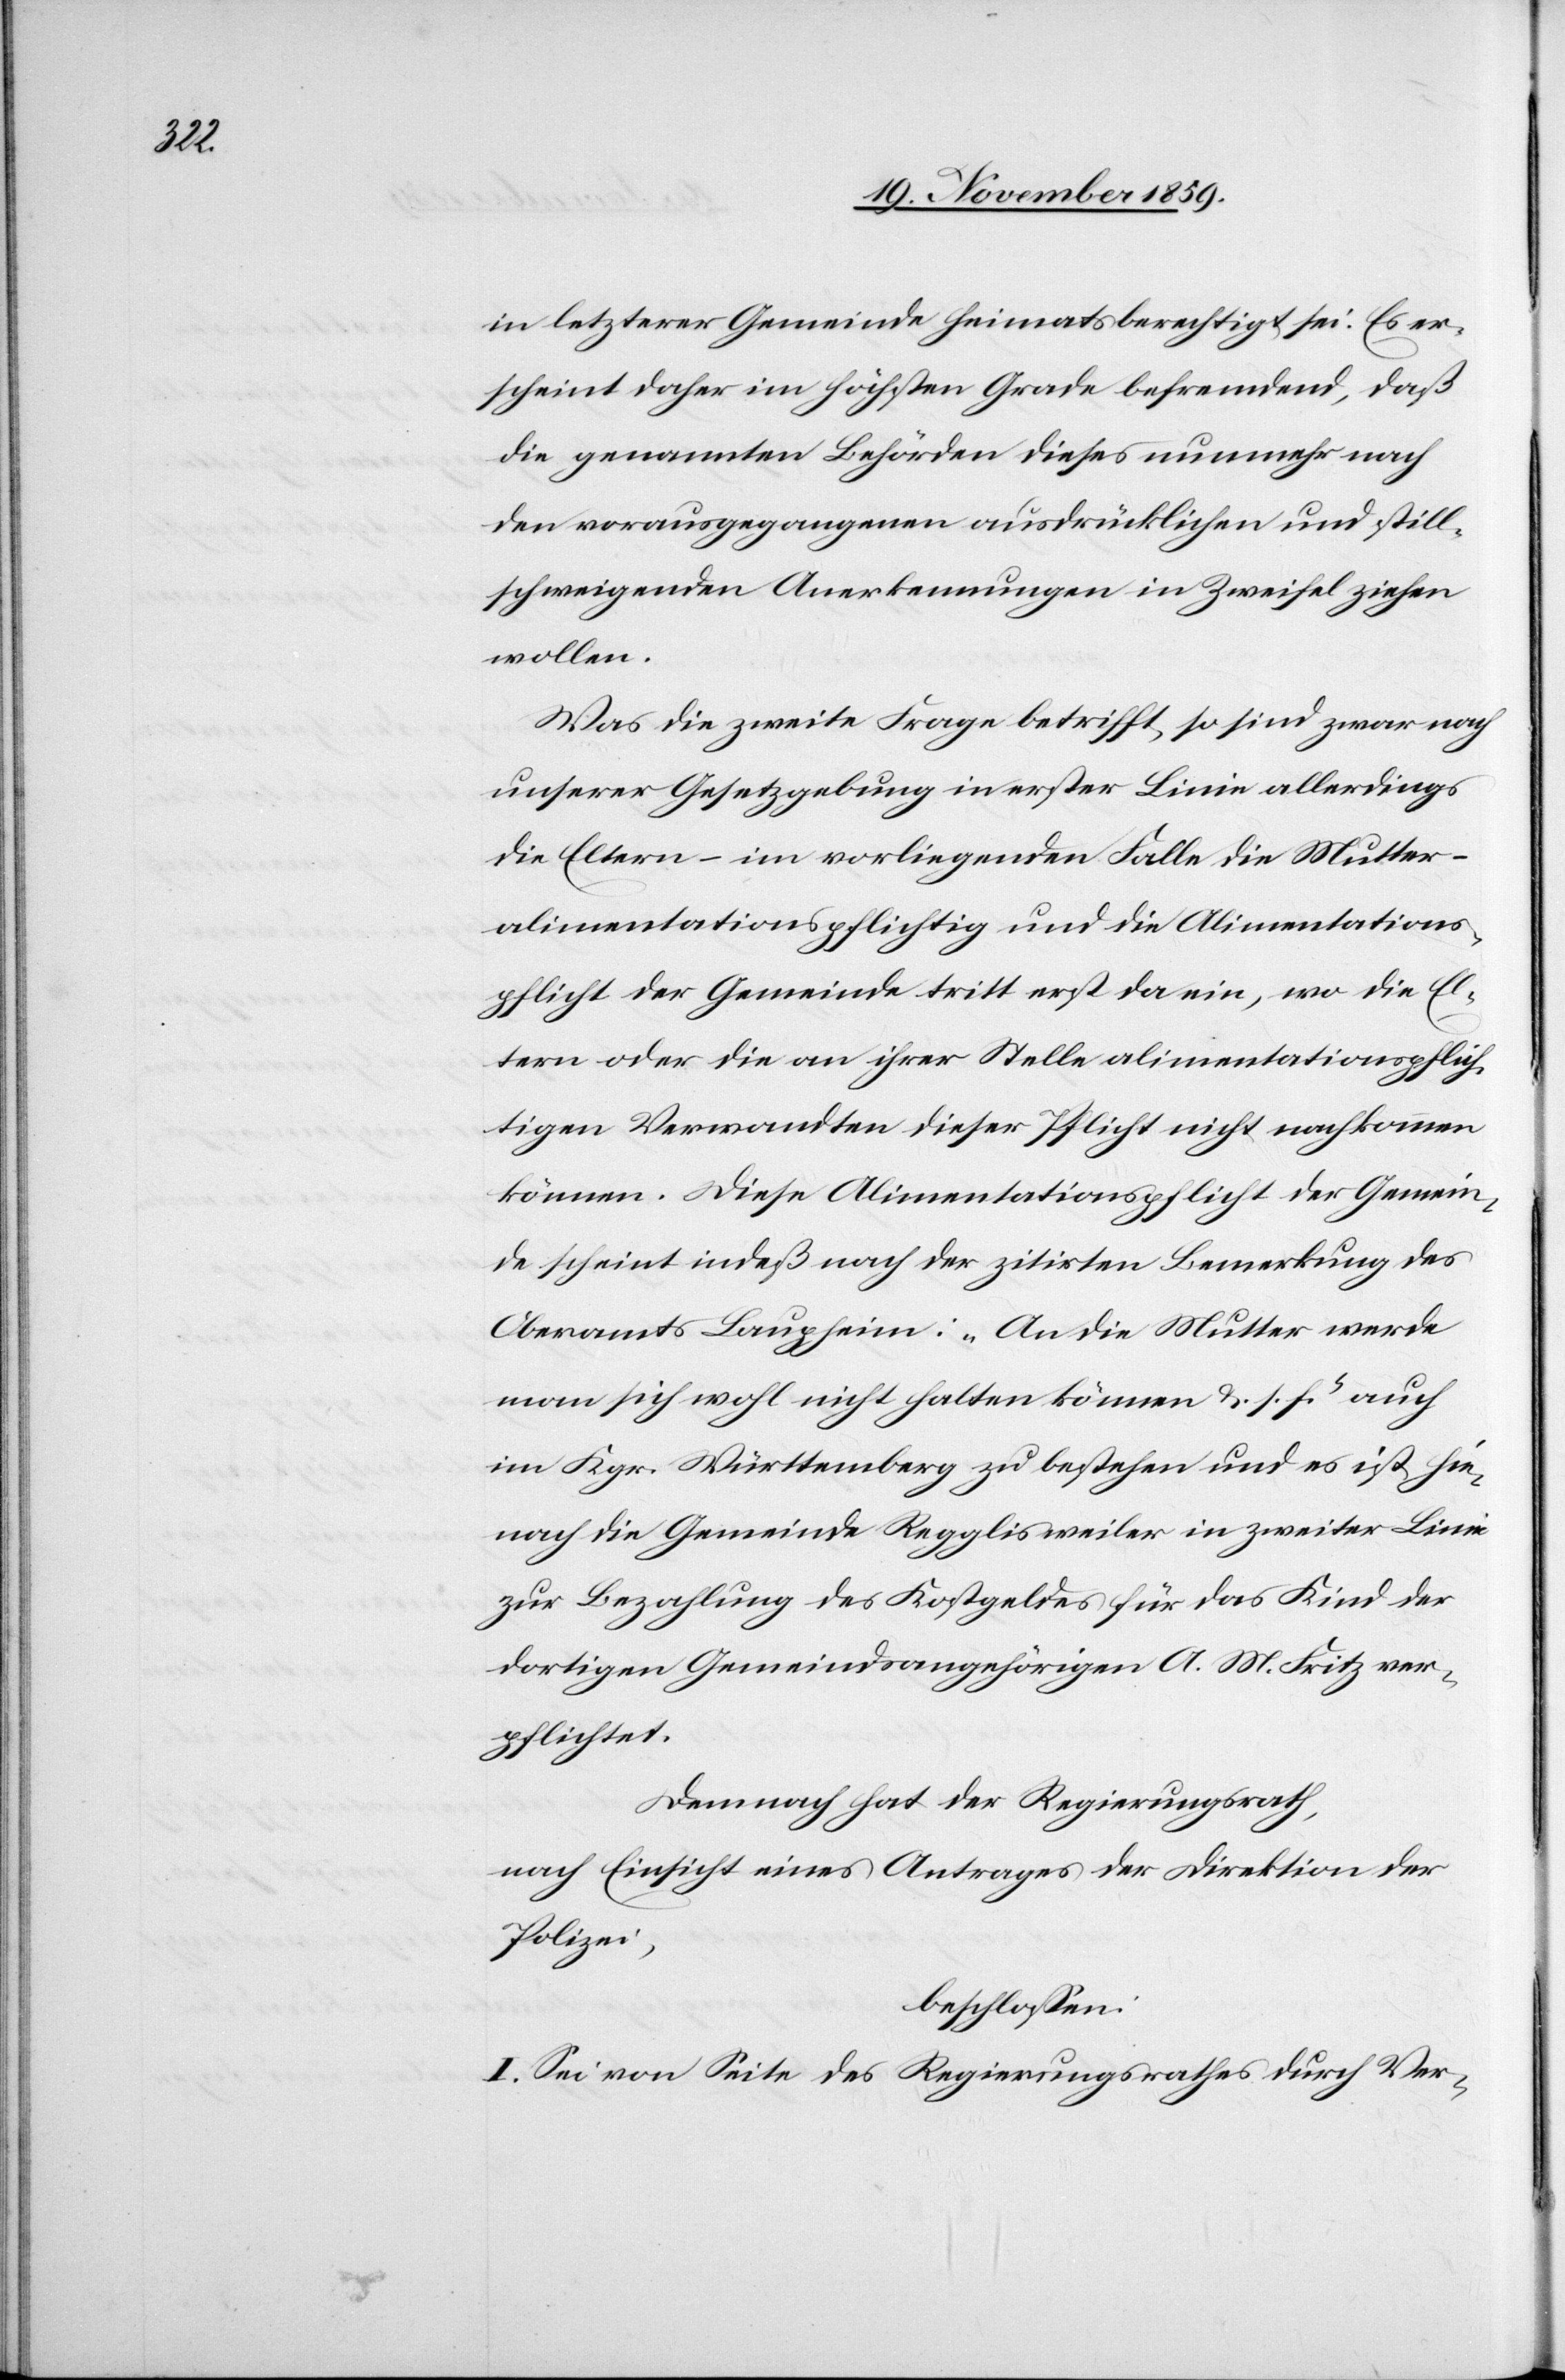
in letzterer Gemeinde heimatsberechtigt sei. Es er¬
scheint daher im höchsten Grade befremdend, daß
die genannten Behörden dieses nunmehr nach
den vorausgegangenen ausdrücklichen und still¬
schweigenden Anerkennungen in Zweifel ziehen
wollen.
Was die zweite Frage betrifft, so sind zwar nach
unserer Gesetzgebung in erster Linie allerdings
die Eltern – im vorliegenden Falle die Mutter –
alimentationspflichtig und die Alimentations¬
pflicht der Gemeinde trifft erst da ein, wo die El¬
tern oder die an ihrer Stelle alimentationspflich¬
tigen Verwandten dieser Pflicht nicht nachkommen
können. Diese Alimentationspflicht der Gemein¬
de scheint indeß nach der zitirten Bemerkung des
Oberamts Laupheim: „An die Mutter werde
man sich wohl nicht halten können & s. f.“ auch
im Kgr. Württemberg zu bestehen und es ist hie¬
nach die Gemeinde Regglisweiler in zweiter Linie
zur Bezahlung des Kostgeldes für das Kind der
dortigen Gemeindsangehörigen A. M. Fritz ver¬
pflichtet.
Demnach hat der Regierungsrath,
nach Einsicht eines Antrages der Direktion der
Polizei,
beschlossen:
I. Sei von Seite des Regierungsrathes durch Ver-